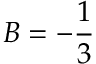
B = - { \frac { 1 } { 3 } }